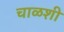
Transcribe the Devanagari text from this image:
चाळशी